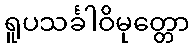
ရူပသင်္ခါဝိမုတ္တော